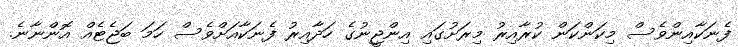
ފެނަކާއިންވެސް މިކަންކަން ކުރާއިރު މިރަށުގައި އިންޖީނުގެ ހަދާއިރު ފެނަކާއަށްވެސް ހަމަ ބަޖެޓެއް އޮންނާނެ.